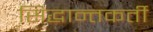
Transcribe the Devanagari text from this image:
सिद्धान्तकर्ती